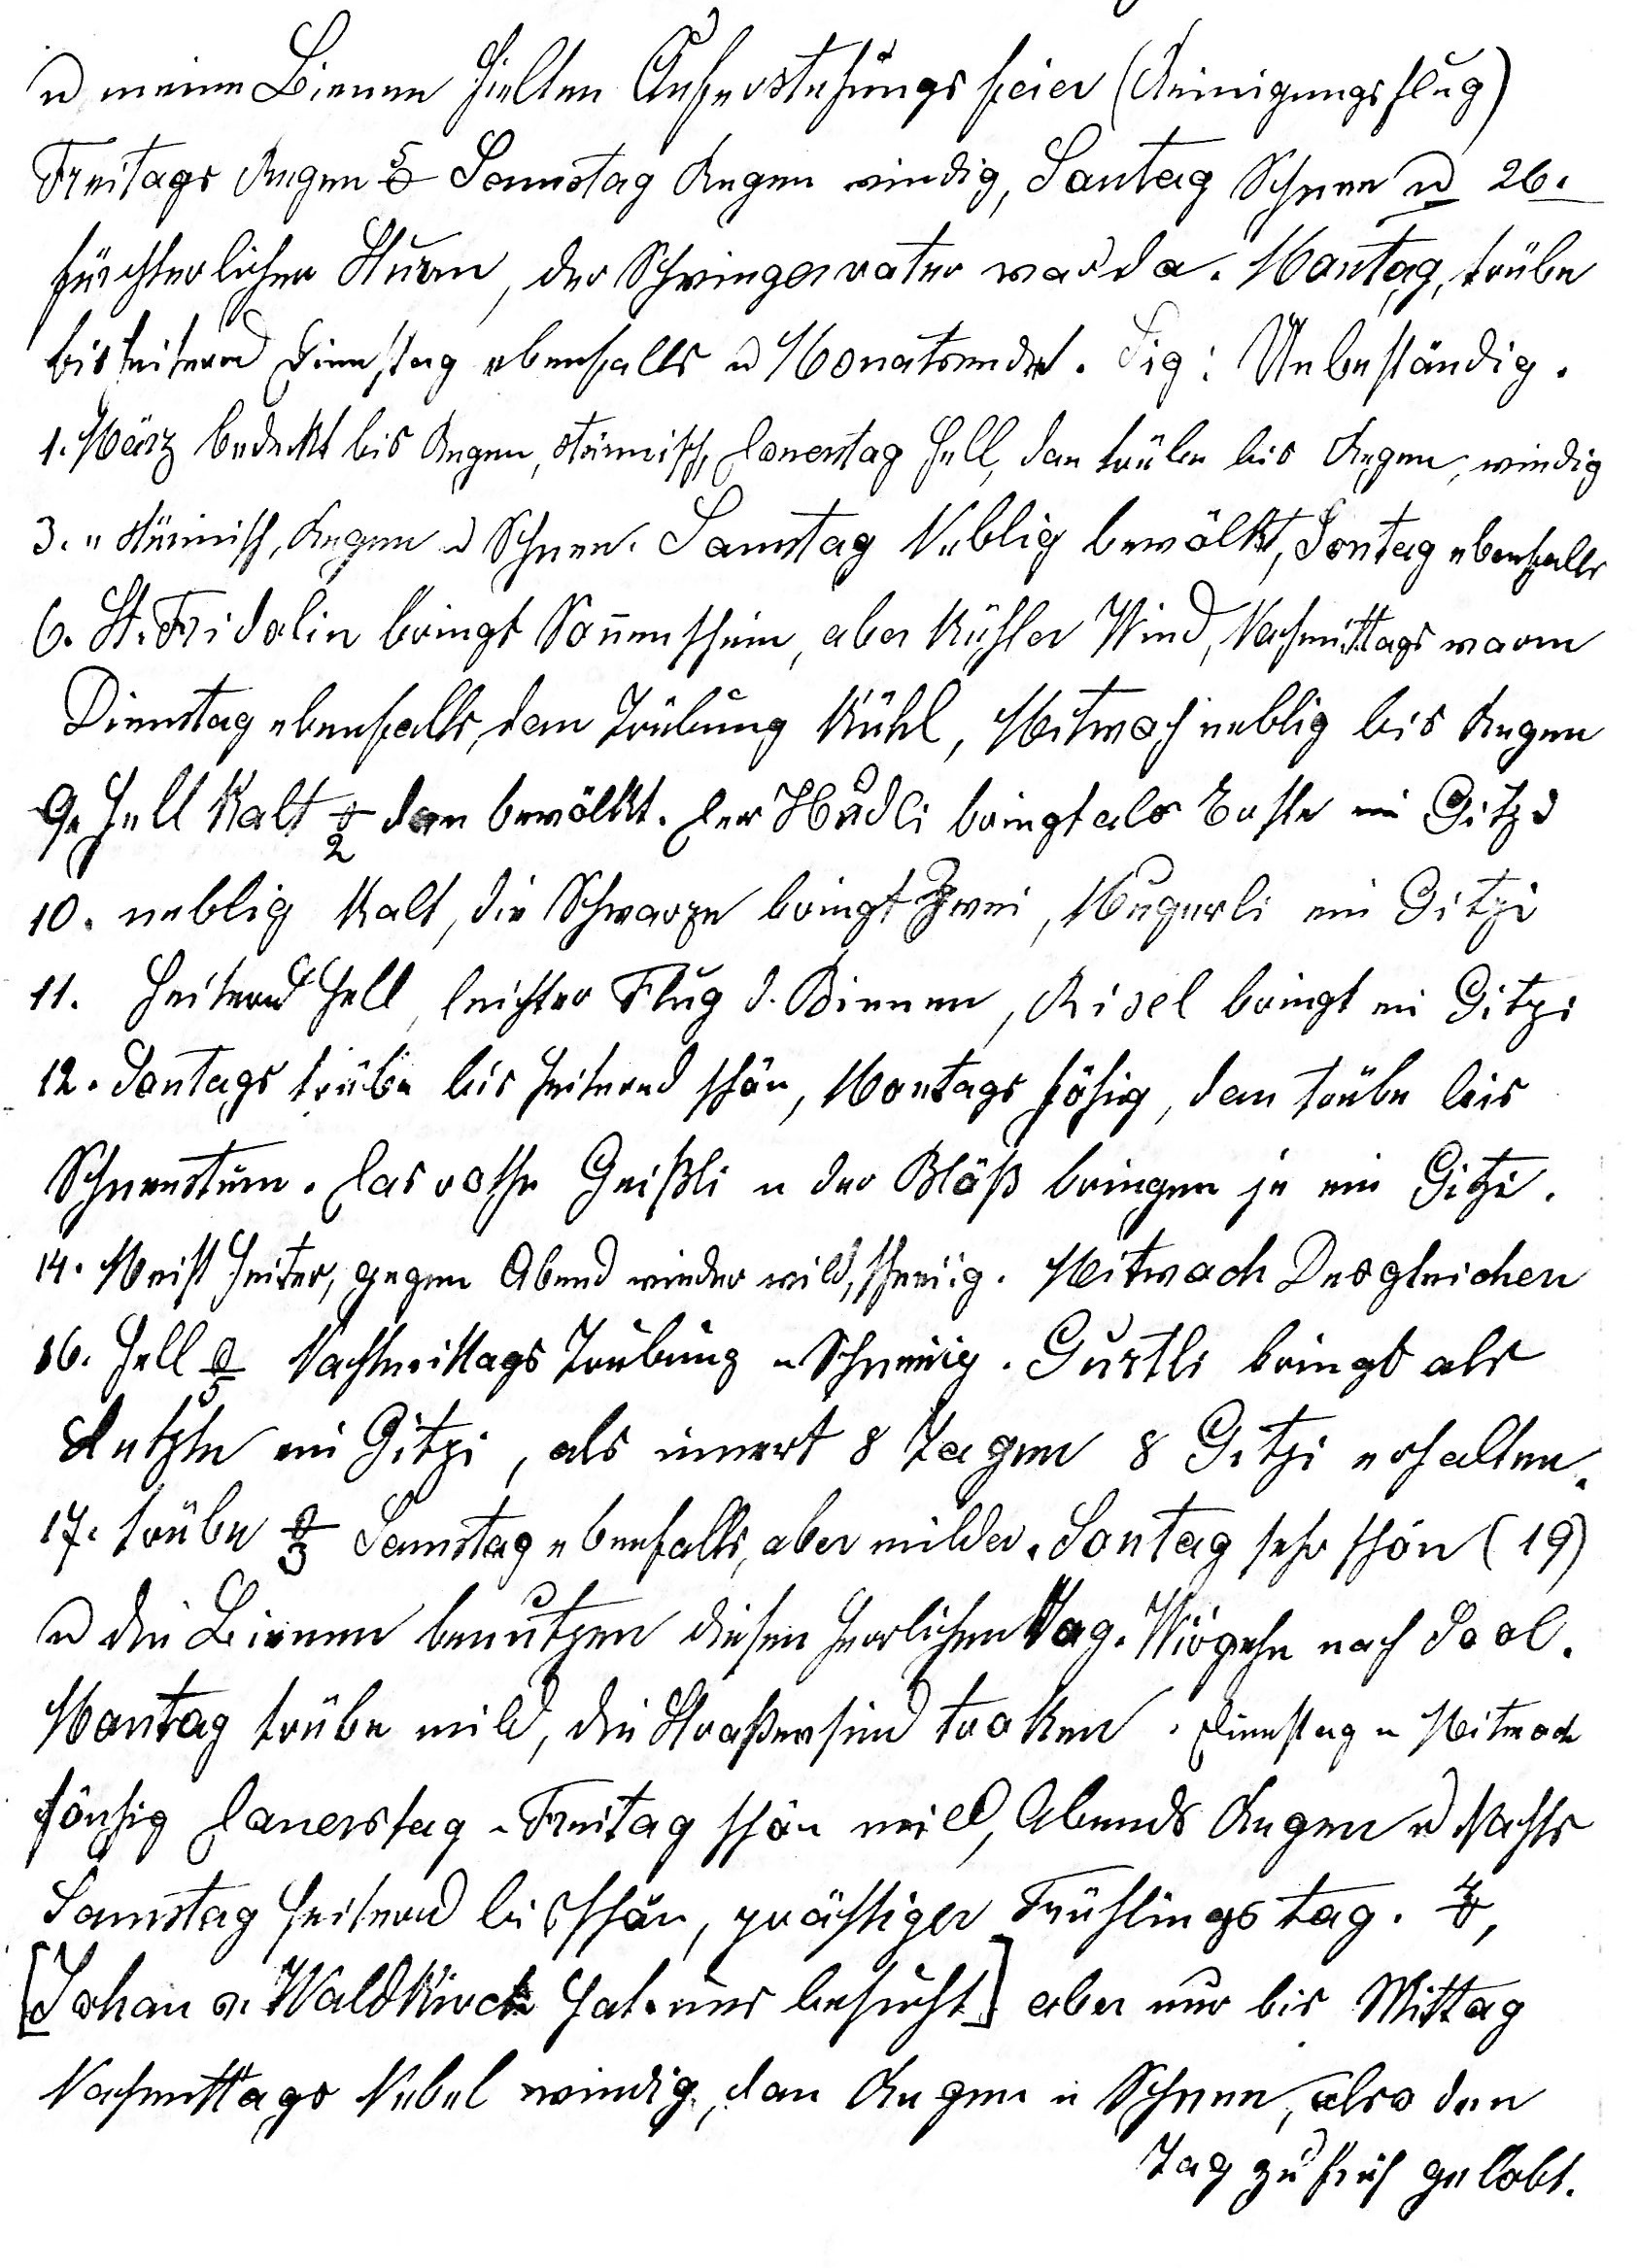
u meine Bienen hielten Auferstehungsfeier (Reinigungsflug)
Freitags Regen 0o Samstag Regen windig, Sontag Schnee u 26.
fürchterlicher Sturm, der Schwie¬gervater war da. Montag trübe
bis heiternd Dienstag ebenfalls u Monatsende. Sig.: Unbeständig.
1. März bedeckt bis Regen, stürmisch, Donerstag hell, dan trübe bis Regen, windig.
3. März stürmisch u Schnee. Samstag Neblig bewölkt, Sontag ebenfalls
6. St. Fridolin bringt Sonnenschein, aber kühler Wind, Nach¬mittags warm
Dienstag ebenfalls, dan Trübung kühl, Mitwoch neblig bis Regen
9. hell kalt -2o dan bewölkt. Der Hudli bringt als Erste ein Gitzi.
10. neblig kalt, die Schwarze bringt zwei, Mugerli ein Gitzi.
11. heiternd hell, leichter Flug der Bienen, Risel bringt ein Gitzi.
12. Sontags trübe bis heiternd schön, Montags föhnig, dan trübe bis
Schneesturm. Das rothe Grissli u der Bläss bringen je ein Gitzi.
14. Meist heiter, gegen Abend wieder wild, schneiig. Mitwoch Desgleichen.
16. hell -5o Nachmittags Trübung u Schneiig. Gurtli bringt als
Letzte ein Gitzi, also linnert 8 Tagen 8 Gitzi erhalten.
17. trübe -3o Samstag ebenfalls, aber milder. Sontag sehr schön (19.)
u die Bienen benutzen diesen herrlichen Tag. Wir gehen nach Sool.
Montag trübe mild, die Strassen sind troken. Dienstag u Mitwoch
föhnig Donerstag u Freitag schön mild, Abends Regen u Nachts.
Samstag heiternd bis schön, prächtiger Frühlingstag. 7o,
(Johan v. Waldkirch hat uns besucht) aber nur bis Mittag.
Nachmittags Nebel windig, dan Regen u Schnee, also den
Tag zu früh gelobt.